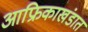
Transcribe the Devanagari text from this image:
आफ्रिकाखंडात